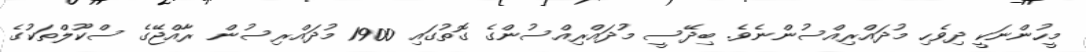
މީހުންނަކީ ދިވެހި މުދައްރިއްސުންނެވެ. ބިދޭސީ މުދައްރިއްސުންގެ ގޮތުގައި 1900 މުދައްރިސުން ރާއްޖޭގެ ސްކޫލްތަކުގެ